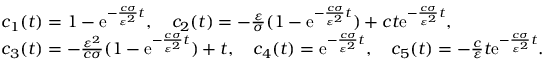
\begin{array} { r l } & { c _ { 1 } ( t ) = 1 - \mathrm { e } ^ { - \frac { c \sigma } { \varepsilon ^ { 2 } } t } , \quad c _ { 2 } ( t ) = - \frac { \varepsilon } { \sigma } ( 1 - \mathrm { e } ^ { - \frac { c \sigma } { \varepsilon ^ { 2 } } t } ) + c t \mathrm { e } ^ { - \frac { c \sigma } { \varepsilon ^ { 2 } } t } , } \\ & { c _ { 3 } ( t ) = - \frac { \varepsilon ^ { 2 } } { c \sigma } ( 1 - \mathrm { e } ^ { - \frac { c \sigma } { \varepsilon ^ { 2 } } t } ) + t , \quad c _ { 4 } ( t ) = \mathrm { e } ^ { - \frac { c \sigma } { \varepsilon ^ { 2 } } t } , \quad c _ { 5 } ( t ) = - \frac { c } { \varepsilon } t \mathrm { e } ^ { - \frac { c \sigma } { \varepsilon ^ { 2 } } t } . } \end{array}